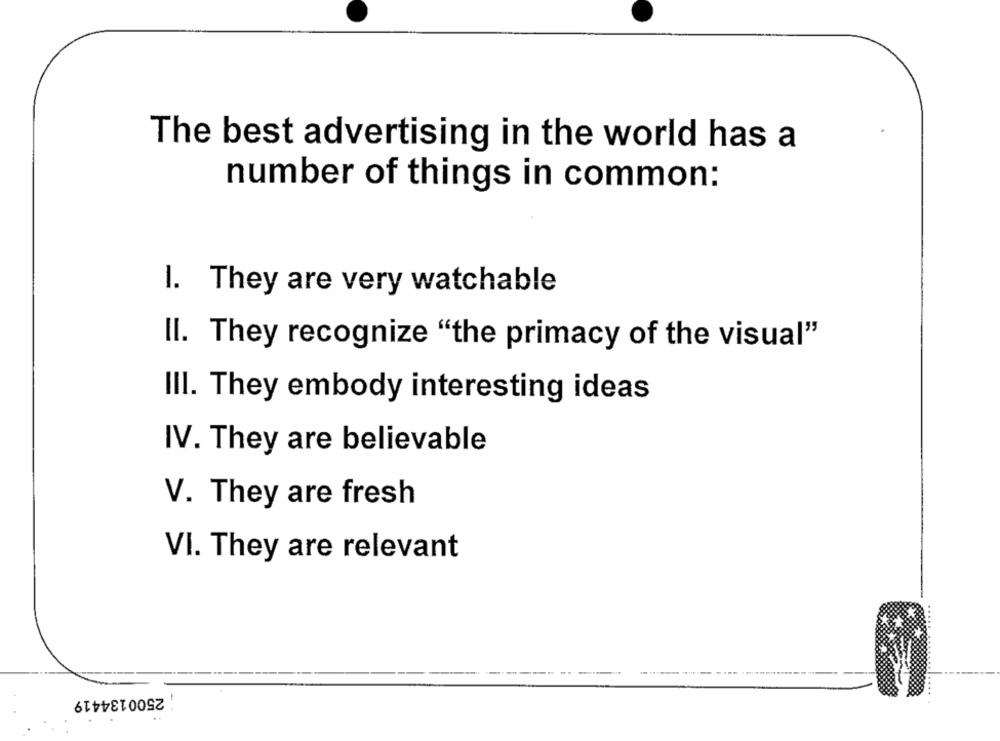
The best advertising in the world has a
number of things in common:
1. They are very watchable
Il. They recognize "the primacy of the visual"
III. They embody interesting ideas
IV. They are believable
V. They are fresh
VI. They are relevant
2500134419